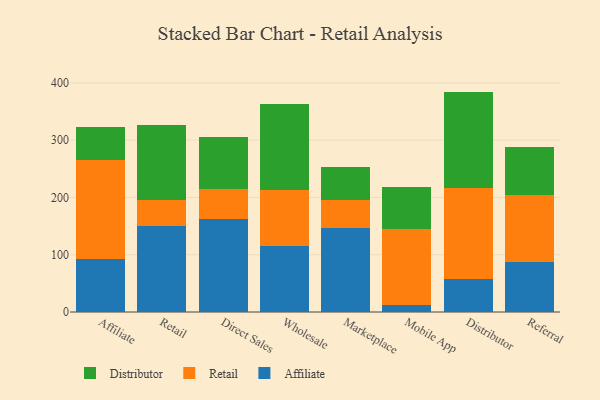
{"axis": {"x": "Channel", "y": "Net Income (USD K)"}, "legend": ["Affiliate", "Distributor", "Retail"], "data": [{"x": "Affiliate", "y": 92.9, "type": "Affiliate"}, {"x": "Affiliate", "y": 172.2, "type": "Retail"}, {"x": "Affiliate", "y": 57.8, "type": "Distributor"}, {"x": "Retail", "y": 150.0, "type": "Affiliate"}, {"x": "Retail", "y": 46.1, "type": "Retail"}, {"x": "Retail", "y": 129.8, "type": "Distributor"}, {"x": "Direct Sales", "y": 161.6, "type": "Affiliate"}, {"x": "Direct Sales", "y": 53.0, "type": "Retail"}, {"x": "Direct Sales", "y": 90.4, "type": "Distributor"}, {"x": "Wholesale", "y": 115.5, "type": "Affiliate"}, {"x": "Wholesale", "y": 98.0, "type": "Retail"}, {"x": "Wholesale", "y": 150.2, "type": "Distributor"}, {"x": "Marketplace", "y": 146.4, "type": "Affiliate"}, {"x": "Marketplace", "y": 49.9, "type": "Retail"}, {"x": "Marketplace", "y": 56.8, "type": "Distributor"}, {"x": "Mobile App", "y": 11.7, "type": "Affiliate"}, {"x": "Mobile App", "y": 132.4, "type": "Retail"}, {"x": "Mobile App", "y": 74.7, "type": "Distributor"}, {"x": "Distributor", "y": 58.3, "type": "Affiliate"}, {"x": "Distributor", "y": 158.3, "type": "Retail"}, {"x": "Distributor", "y": 168.2, "type": "Distributor"}, {"x": "Referral", "y": 86.8, "type": "Affiliate"}, {"x": "Referral", "y": 118.0, "type": "Retail"}, {"x": "Referral", "y": 83.4, "type": "Distributor"}]}